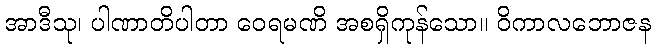
အာဒီသု၊ ပါဏာတိပါတာ ဝေရမဏိ အစရှိကုန်သော။ ဝိကာလဘောဇန